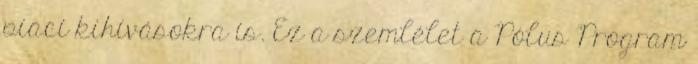
piaci kihívásokra is. Ez a szemlélet a Pólus Program